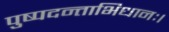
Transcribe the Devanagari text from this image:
पुष्पदन्ताभिधानः।